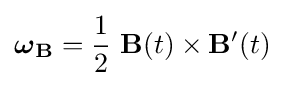
{\boldsymbol {\omega }}_{\mathbf {B} }={1 \over 2}\ \mathbf {B} (t)\times \mathbf {B'} (t)